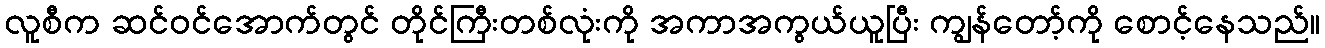
လူစီက ဆင်ဝင်အောက်တွင် တိုင်ကြီးတစ်လုံးကို အကာအကွယ်ယူပြီး ကျွန်တော့်ကို စောင့်နေသည်။